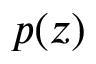
p ( z )